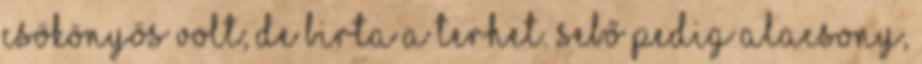
csökönyös volt; de birta a terhet. Sebő pedig alacsony,